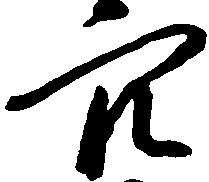
穴